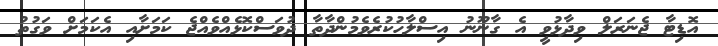
އޮޑިޓާ ޖެނަރަލް ވިދާޅުވީ އެ ގާނޫނު އިސްލާހުކުރެވެމުންދާތާ ދުވަސްކޮޅެއްވެއްޖެ ކަމަށާއި އެކަމަށް ވަގުތު